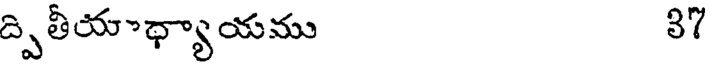
ద్పితీయాధ్యాయము 37